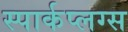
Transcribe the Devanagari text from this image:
स्पार्कप्लग्स